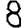
Digit: 8